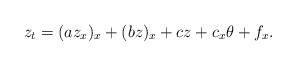
\begin{align*} z_t=(a z_x)_x+(b z)_x+c z+c_x\theta+f_x.\end{align*}